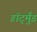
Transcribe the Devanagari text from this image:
डॉर्ट्मुंड